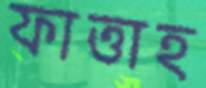
ফাত্তাহ